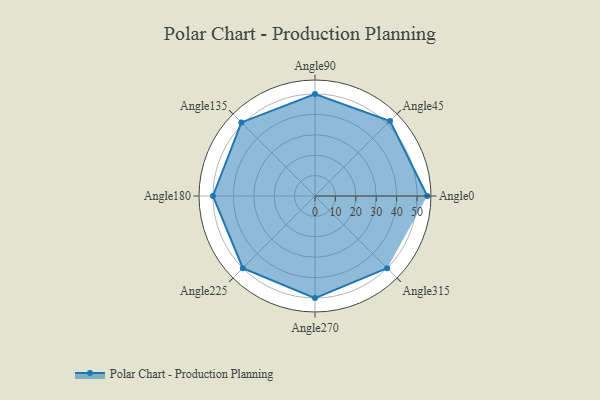
{"axis": {"x": "Angle", "y": "Radius"}, "legend": [""], "data": [{"x": "Angle0", "y": 55.0, "type": ""}, {"x": "Angle45", "y": 52.0, "type": ""}, {"x": "Angle90", "y": 50, "type": ""}, {"x": "Angle135", "y": 51.0, "type": ""}, {"x": "Angle180", "y": 50, "type": ""}, {"x": "Angle225", "y": 50, "type": ""}, {"x": "Angle270", "y": 50, "type": ""}, {"x": "Angle315", "y": 50, "type": ""}]}